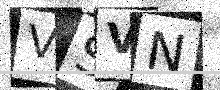
Text: VSVN